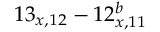
1 3 _ { x , 1 2 } - 1 2 _ { x , 1 1 } ^ { b }